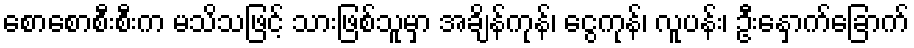
စောစောစီးစီးက မသိသဖြင့် သားဖြစ်သူမှာ အချိန်ကုန်၊ ငွေကုန်၊ လူပန်း၊ ဦးနှောက်ခြောက်